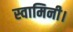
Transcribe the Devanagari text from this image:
स्वामिनी।